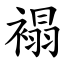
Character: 褟